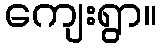
ကျေးရွာ။